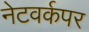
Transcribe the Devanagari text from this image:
नेटवर्कपर